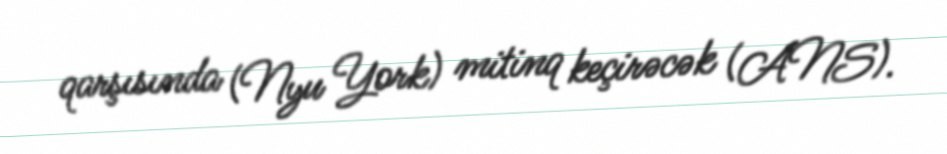
qarşısında (Nyu York) mitinq keçirəcək (ANS).